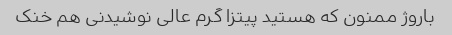
باروژ ممنون که هستید پیتزا گرم عالی نوشیدنی هم خنک